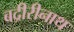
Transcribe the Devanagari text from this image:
बद्रीरीनाथ